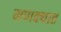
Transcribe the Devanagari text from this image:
मणक्‍यात